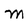
Character: M